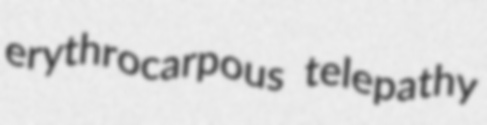
erythrocarpous telepathy